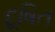
દૂષિત